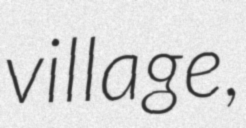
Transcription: village,